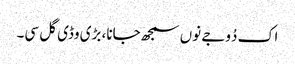
اک دُوجے نوں سمجھ جانا، بڑی وڈی گل سی۔